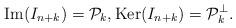
LaTeX: \begin{align*}\operatorname{Im}(I_{n+k}) = \mathcal P_k,\operatorname{Ker}(I_{n+k}) = \mathcal P_k^\perp.\end{align*}